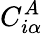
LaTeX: C_{i\alpha}^{A}